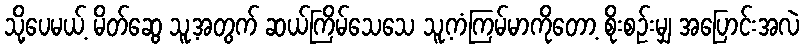
သို့ပေမယ့် မိတ်ဆွေ သူ့အတွက် ဆယ်ကြိမ်သေသေ သူ့ကံကြမ်မာကိုတော့ စိုးစဉ်းမျှ အပြောင်းအလဲ